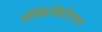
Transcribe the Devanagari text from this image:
ॲक्टिव्हिटीजचा